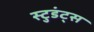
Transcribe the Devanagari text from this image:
स्टुडंट्‍स